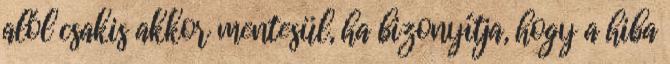
alól csakis akkor mentesül, ha bizonyítja, hogy a hiba